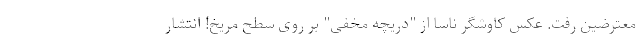
معترضین رفت. عکس کاوشگر ناسا از "دریچه مخفی" بر روی سطح مریخ! انتشار